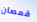
قمصان